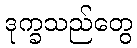
ဒုက္ခသည်တွေ